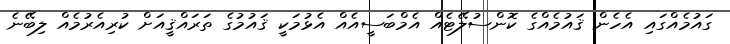
ގައުމެއްގައި އެހެން ޤައުމެއްގެ ކޮންސުލޭޓެއް އެމްބަސީއެއް އެޅުމަކީ ޤައުމުގެ ތަރައްޤީއަށް ކުރިއެރުމެއް ލިބޭނެ